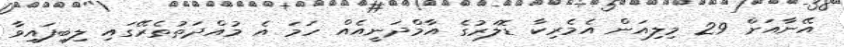
އޭނާއަށް 29 މިލިއަން އެމެރިކާ ޑޮލަރުގެ އާމްދަނީއެއް ހަމަ އެ މުއްދަތުތެރޭގައި ލިބިފައިވާ